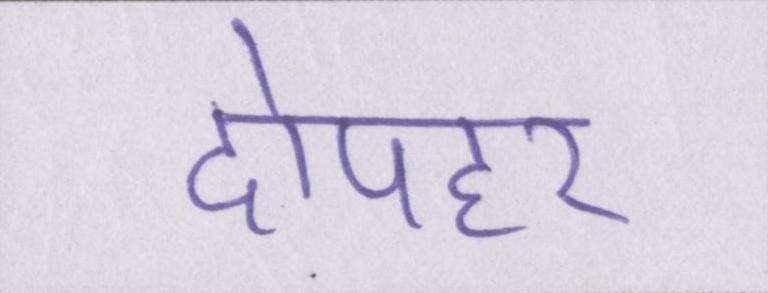
दोपहर